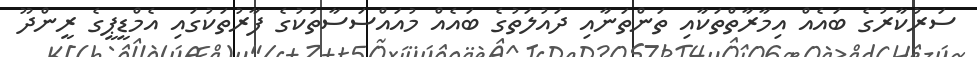
ސަރުކާރުގެ ބައެއް އިމާރާތްތަކާއި ތަންތަނާއި ދައުލަތުގެ ބައެއް މުއައްސަސާތަކުގެ ފާރުތަކުގައި އެމްޑީޕީގެ ރީންދޫ